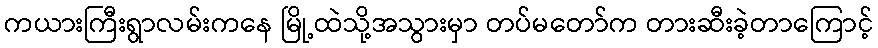
ကယားကြီးရွာလမ်းကနေ မြို့ထဲသို့အသွားမှာ တပ်မတော်က တားဆီးခဲ့တာကြောင့်